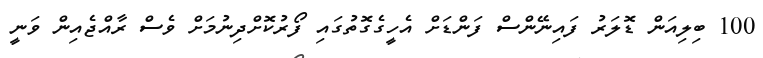
100 ބިލިއަން ޑޮލަރު ފައިނޭންސް ފަންޑަށް އެހީގެގޮތުގައި ފޯރުކޮށްދިނުމަށް ވެސް ރާއްޖެއިން ވަނީ